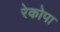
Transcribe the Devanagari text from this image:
रेकोपा